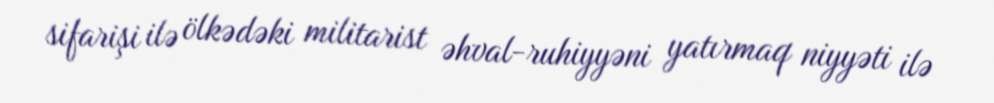
sifarişi ilə ölkədəki militarist əhval-ruhiyyəni yatırmaq niyyəti ilə